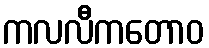
ကလလီကတောဝ